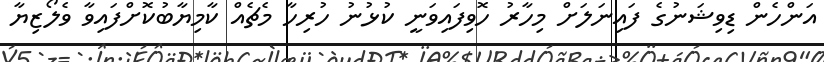
އަންހެން ޑިވިޝަނުގެ ފައިނަލަށް މިހާރު ހޮވިފައިވަނީ ކުޅުނު ހުރިހާ މެޗެއް ކާމިޔާބުކޮށްފައިވާ ވެލޯޒިޔާ